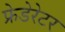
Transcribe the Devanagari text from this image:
फ्रेडेरेटर